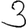
Digit: 3